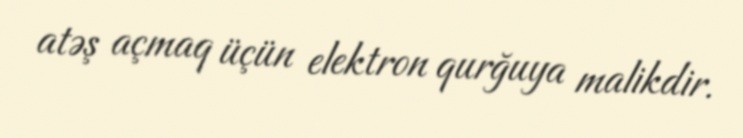
atəş açmaq üçün elektron qurğuya malikdir.